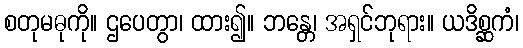
စတုမဓုကို။ ဌပေတွာ၊ ထား၍။ ဘန္တေ၊ အရှင်ဘုရား။ ယဒိစ္ဆကံ၊